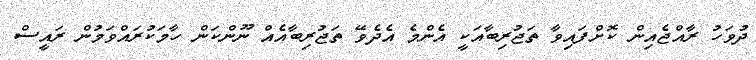
ދުވަހު ރާއްޖެއިން ކޮށްފައިވާ ތަޖުރިބާއަކީ އެންމެ އެދެވޭ ތަޖުރިބާއެއް ނޫންކަން ހާމަކުރައްވަމުން ރައީސް